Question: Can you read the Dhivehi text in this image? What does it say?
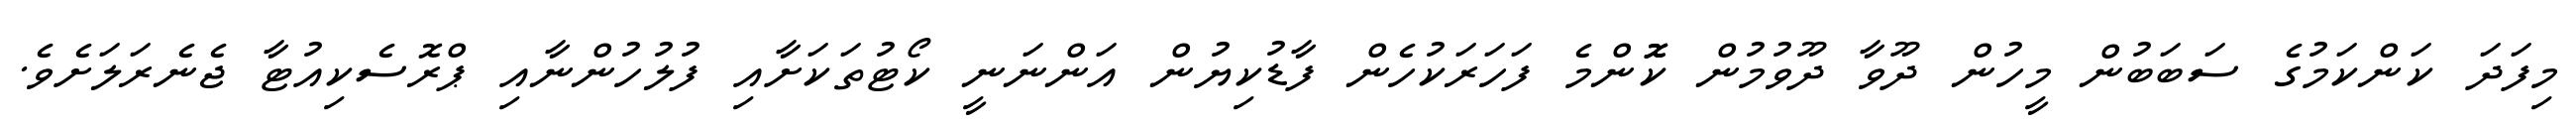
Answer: މިފަދަ ކަންކަމުގެ ސަބަބުން މީހުން ދޫވާ ދޫވުމުން ކޮޮންމެ ފަހަރަކުހެން ފާޑުކިޔުން އަންނަނީ ކޯޓުތަކަށާއި ފުލުހުންނާއި ޕްރޮސެކިއުޓާ ޖެނެރަލަށެވެ.